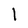
Character: I